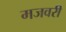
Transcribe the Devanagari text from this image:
मजवरी